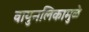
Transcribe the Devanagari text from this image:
वायुनलिकामुळे